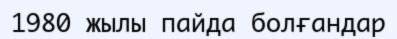
1980 жылы пайда болғандар